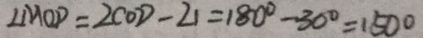
\angle M O D = 2 C O D - 2 1 = 1 8 0 ^ { \circ } - 3 0 ^ { \circ } = 1 5 0 ^ { \circ }